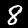
Digit: 8